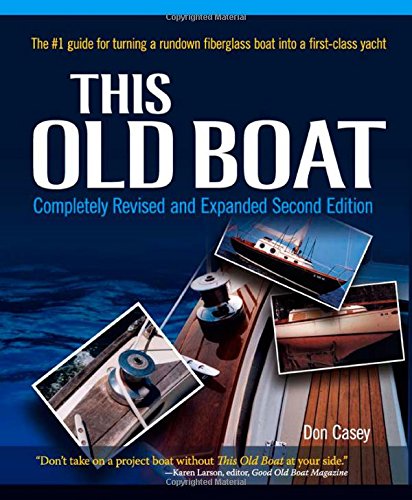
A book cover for This Old Boat, Second Edition: Completely Revised and Expanded; Don Casey; Engineering & Transportation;